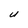
Character: U